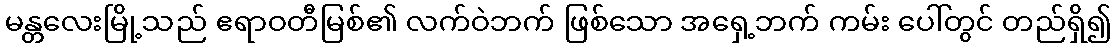
မန္တလေးမြို့သည် ဧရာဝတီမြစ်၏ လက်ဝဲဘက် ဖြစ်သော အရှေ့ဘက် ကမ်း ပေါ်တွင် တည်ရှိ၍